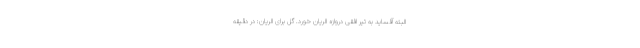
البته آفساید به تیر افقی دروازه الریان خورد. گل برای الریان: در دقیقه